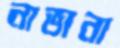
নাভানা